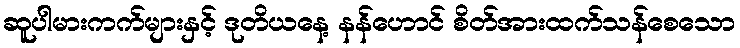
ဆူပါမားကက်များနှင့် ဒုတိယနေ့ နန်ဟောင် စိတ်အားထက်သန်စေသော